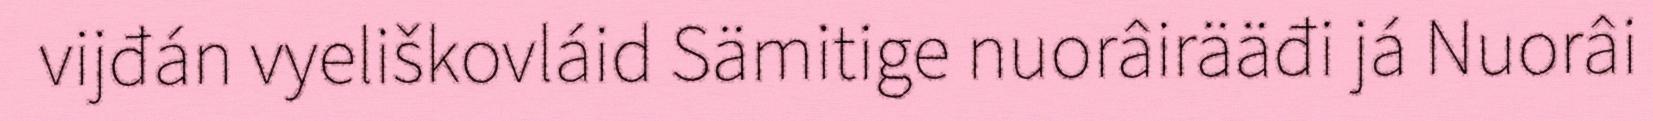
vijđán vyeliškovláid Sämitige nuorâirääđi já Nuorâi